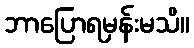
ဘာပြောရမှန်းမသိ။